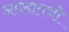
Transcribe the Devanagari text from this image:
आखातची